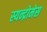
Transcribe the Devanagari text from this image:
स्यन्द्रोमेस